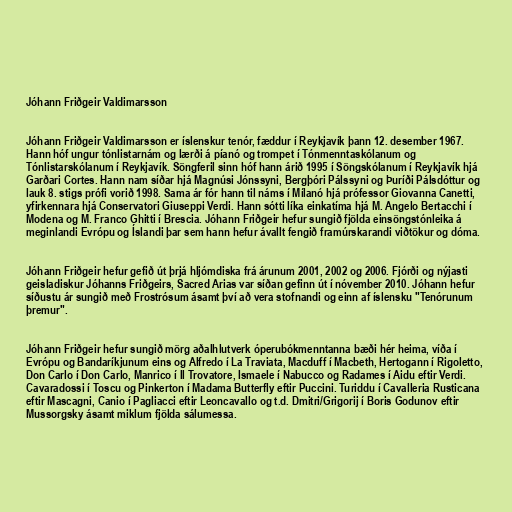
Jóhann Friðgeir Valdimarsson

Jóhann Friðgeir Valdimarsson er íslenskur tenór, fæddur í Reykjavík þann 12. desember 1967.
Hann hóf ungur tónlistarnám og lærði á píanó og trompet í Tónmenntaskólanum og
Tónlistarskólanum í Reykjavík. Söngferil sinn hóf hann árið 1995 í Söngskólanum í Reykjavík hjá
Garðari Cortes. Hann nam síðar hjá Magnúsi Jónssyni, Bergþóri Pálssyni og Þuríði Pálsdóttur og
lauk 8. stigs prófi vorið 1998. Sama ár fór hann til náms í Mílanó hjá prófessor Giovanna Canetti,
yfirkennara hjá Conservatori Giuseppi Verdi. Hann sótti líka einkatíma hjá M. Angelo Bertacchi í
Modena og M. Franco Ghitti í Brescia. Jóhann Friðgeir hefur sungið fjölda einsöngstónleika á
meginlandi Evrópu og Íslandi þar sem hann hefur ávallt fengið framúrskarandi viðtökur og dóma.

Jóhann Friðgeir hefur gefið út þrjá hljómdiska frá árunum 2001, 2002 og 2006. Fjórði og nýjasti
geisladiskur Jóhanns Friðgeirs, Sacred Arias var síðan gefinn út í nóvember 2010. Jóhann hefur
síðustu ár sungið með Frostrósum ásamt því að vera stofnandi og einn af íslensku "Tenórunum
þremur".

Jóhann Friðgeir hefur sungið mörg aðalhlutverk óperubókmenntanna bæði hér heima, víða í
Evrópu og Bandaríkjunum eins og Alfredo í La Traviata, Macduff í Macbeth, Hertogann í Rigoletto,
Don Carlo í Don Carlo, Manrico í Il Trovatore, Ismaele í Nabucco og Radames í Aidu eftir Verdi.
Cavaradossi í Toscu og Pinkerton í Madama Butterfly eftir Puccini. Turiddu í Cavalleria Rusticana
eftir Mascagni, Canio í Pagliacci eftir Leoncavallo og t.d. Dmitri/Grigorij í Boris Godunov eftir
Mussorgsky ásamt miklum fjölda sálumessa.